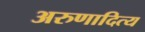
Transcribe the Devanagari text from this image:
अरुणादित्य